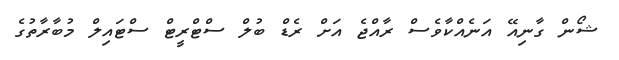
ޝޯން ގާނިއޭ އަނެއްކާވެސް ރާއްޖެ އަށް ރެޑް ބުލް ސްޓްރީޓް ސްޓައިލް މުބާރާތުގެ